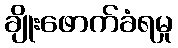
ချိုးဖောက်ခံရမှု